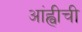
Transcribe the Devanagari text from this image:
आंह्वीची